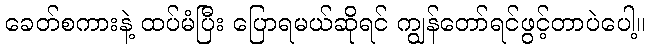
ခေတ်စကားနဲ့ ထပ်မံပြီး ပြောရမယ်ဆိုရင် ကျွန်တော်ရင်ဖွင့်တာပဲပေါ့။